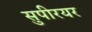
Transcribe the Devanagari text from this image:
सुपीरयर